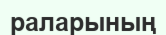
раларының